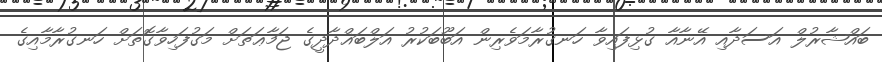
ބައްޝާރުލް އަސަދާއި އޭނާއާ ގުޅިފައިވާ ހަނގުރާމަވެރިން އަބޫބަކުރު އަލްބަޣްދާދީގެ ޖަމާޢަތަށް މަގުފަހިވާގޮތަށް ހަނގުރާމާއިގެ